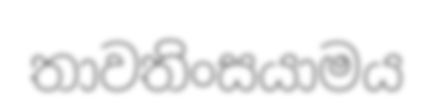
තාවතිංසයාමය